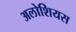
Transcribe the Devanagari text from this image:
अलोशियस